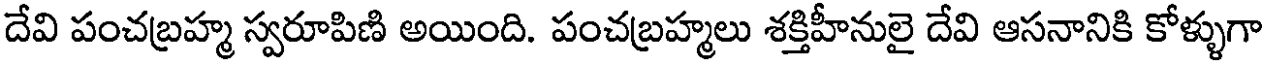
దేవి పంచబ్రహ్మ స్వరూపిణి అయింది. పంచబ్రహ్మలు శక్తిహీనులై దేవి ఆసనానికి కోళ్ళుగా